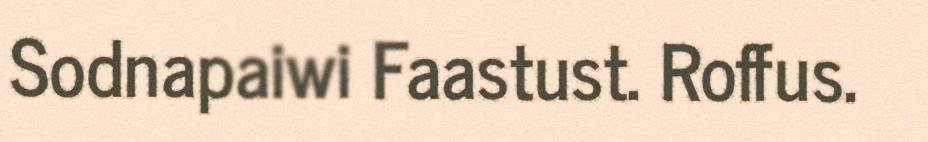
Sodnapaiwi Faastust. Roffus.